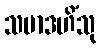
သမာဒဟိံသု